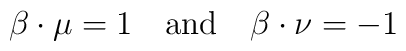
\beta\cdot\mu=1\quad \mbox{and} \quad \beta\cdot\nu=-1